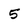
Character: 5